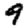
Digit: 9